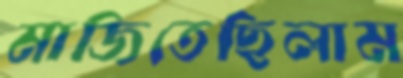
মাজিতেছিলাম